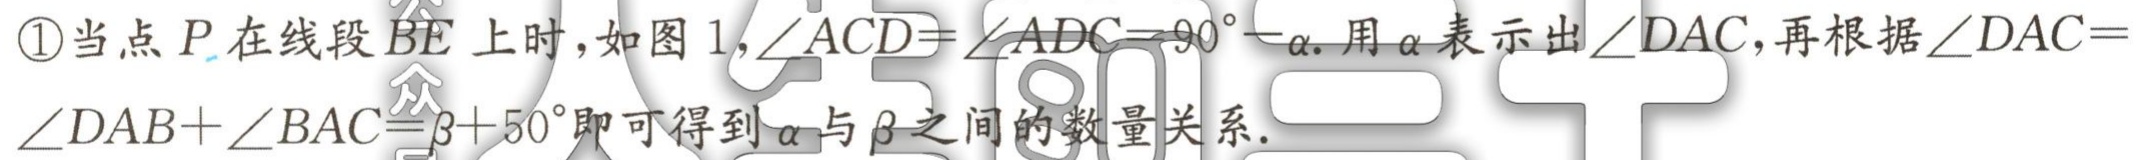
\textcircled{1}当点\(P\)在线段\(BE\)上时，如图1,\(\angle ACD = \angle ADC=90^{\circ}-\alpha\).用\(\alpha\)表示出\(\angle DAC\)，再根据\(\angle DAC = \angle DAB+\angle BAC=\beta + 50^{\circ}\)即可得到\(\alpha\)与\(\beta\)之间的数量关系.